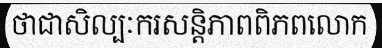
ថាជាសិល្បៈករសន្តិភាពពិភពលោក